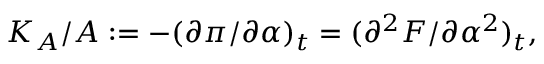
K _ { A } / A : = - ( \partial \pi / \partial \alpha ) _ { t } = ( \partial ^ { 2 } F / \partial \alpha ^ { 2 } ) _ { t } ,